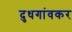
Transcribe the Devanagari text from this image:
दुधगांवकर